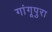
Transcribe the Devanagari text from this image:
गांगूपुरा